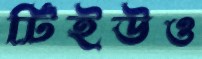
টিইউও